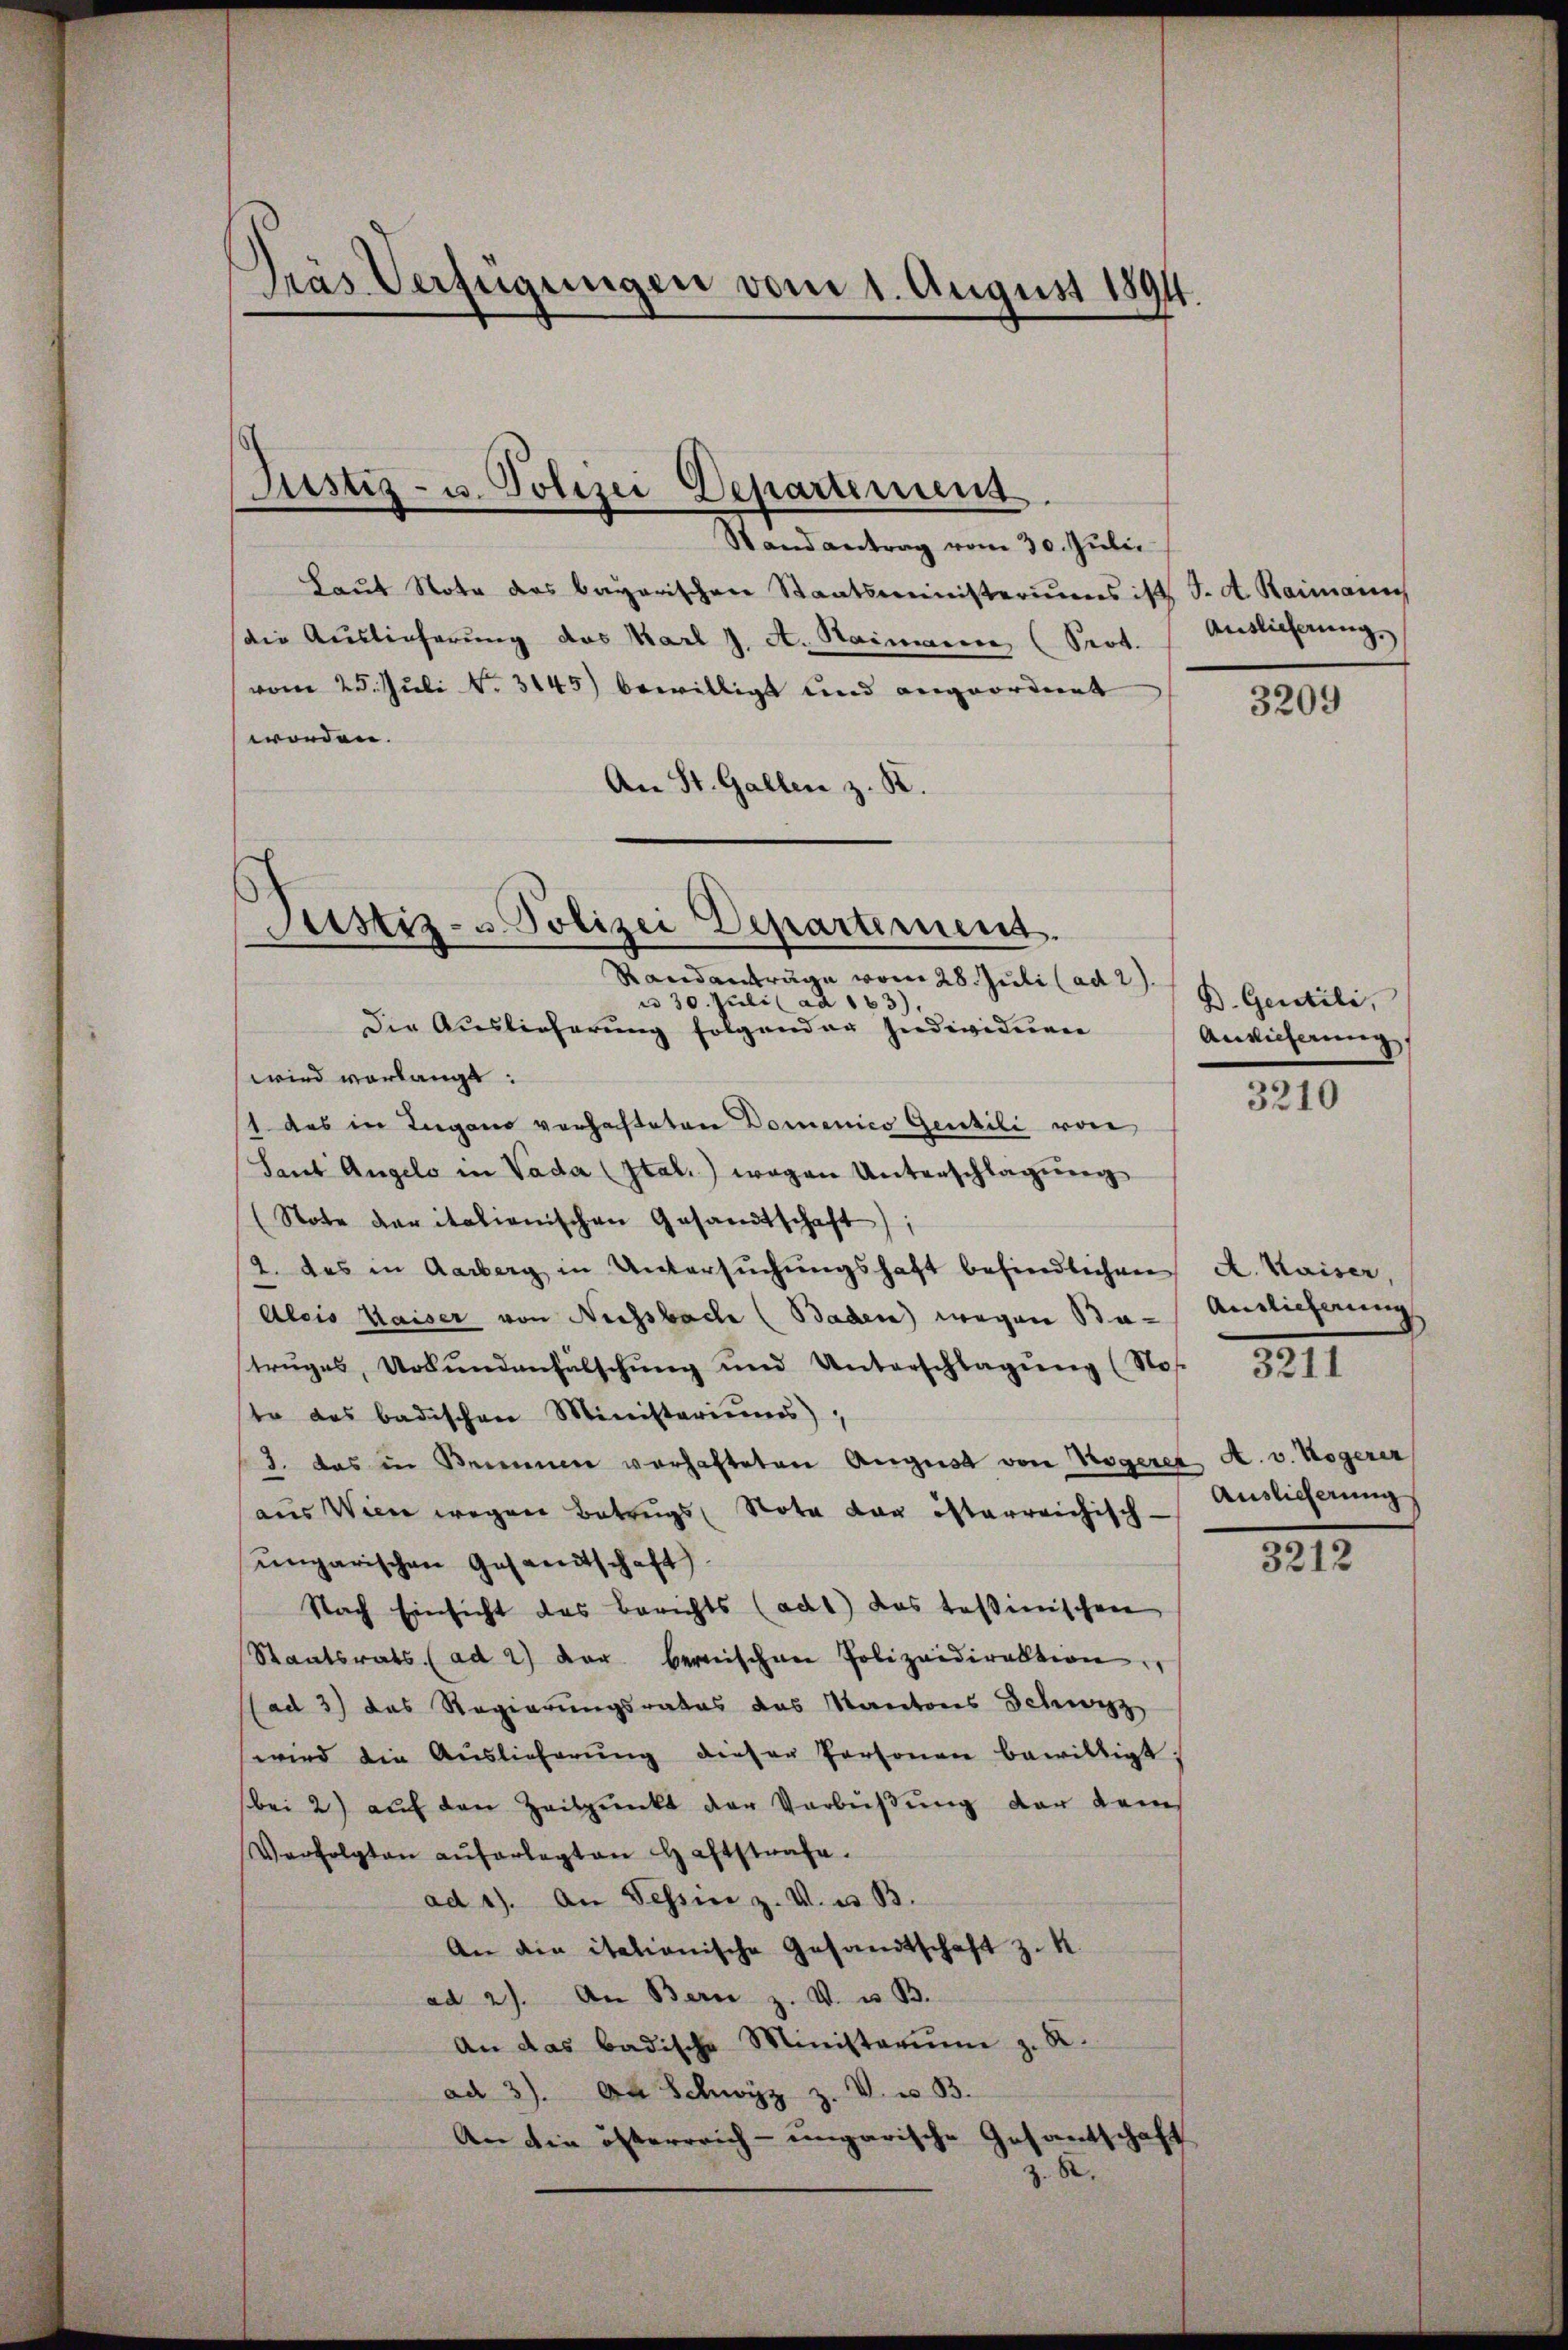
Gräs Verfügungen vom 1. August 1894.

Stand antrag vom 30. Juli.
Laut Note des bayerischen Staatsministeriums ist J. A. Haimann
die Auslieferung des Karl J. A. Haimaire (Prot.
vom 25. Juli No. 3145) bewilligt und angeordnet
worden.
An St. Gallen z. B.
n 30. Juli ad 163),
Die Auslieferung folgender Individuen
wird vorlangt:
1 das in Lugano vorhafteten Domenico Gentili von
Sant Angelo in Vada (Ital) wegen Unterschlägŭng
(Note der italienischen Gesandtschaft);
2. des in Aarberg in Untersŭchŭngshaft befindlichen
Alois Waiser von Niessbache (Baden) wegen Statrŭges, Urkŭndenfälschŭng und Unterschlagŭng (No. 3211
te das badischen Ministeriums,
3. das in Bennen verhafteten August von Hageret A. v. Kogerer
aus Wien wegen Betrugs Nota der österreichisch-
ungarischen Gesandtschaft
Nach Einsicht das Berichts (adt) das tessinischen
Staatsrats (ad 2) der bernischen Polizeidirektion
ad 3) das Regierungsrates das Kantons Schwyz,
wird die Auslieferung dieser Personen bewilligt:
bei 2) auf den Zeitpunkt der Verbüßung der dems
Verfolgten aŭferlegten Haftstrafe.
ad 1). An Tessin z. V. u. B.
An die italionische Gesandtschaft z. K.
ad 2). An Bern z. V. u. B.
An das badische Ministerium z. R.
ad 3). An Schwyz z. V. u. 33.
An die österreich-ungarische Gesantschaft
z. 82.

Justiz- u. Polizei Departenung.

Justiz- & Polizei Departement.
Randanträge vom 28. Juli (ad 2.

Antlicherung,

3209

D. Gentili,
Ansicherung
3210

A. Kaiser,
Anslieferung
Auslieferung
3212